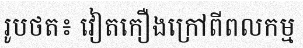
រូបថត៖ វៀតកឿងក្រៅពីពលកម្ម